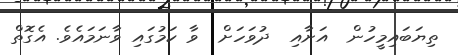
ތިޔަބައިމީހުން  އަށާއި  ދުވަހަށް  ވާ ކަމުގައި ވާނަމައެވެ. އެގޮތް